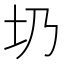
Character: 𡉁